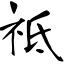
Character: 祗